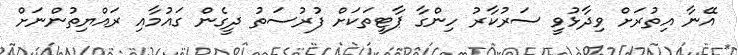
އޭނާ އިތުރަށް ވިދާޅުވީ ސަރުކާރު ހިންގާ ޕާޓީތަކަށް ފުރުސަތު ދީގެން ގައުމާއި ރައްޔިތުންނަށް